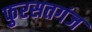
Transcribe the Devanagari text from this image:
फुरसतगंज